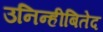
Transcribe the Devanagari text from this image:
उनिन्हीबितेद